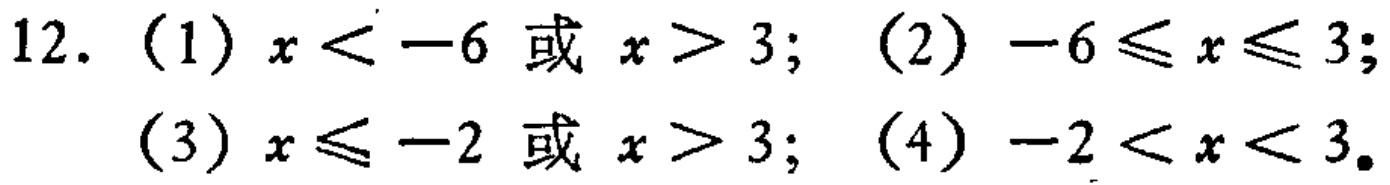
12. （1）\(x < -6\) 或 \(x > 3\)；（2）\(-6 \leq x \leq 3\)；
（3）\(x \leq -2\) 或 \(x > 3\)；（4）\(-2 < x < 3\)。